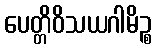
ပေတ္တိဝိသယဂါမိဉ္စ